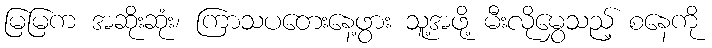
မြမြက အဆိုးဆုံး၊ ကြာသပတေးနေ့ဖွား သူ့အဖို့ မီးလိုမွှေသည့် စနေကို